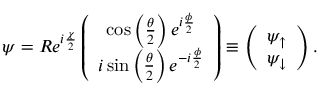
\psi = R e ^ { i \frac { \chi } { 2 } } \left( \begin{array} { c } { \cos \left( \frac { \theta } { 2 } \right) e ^ { i \frac { \phi } { 2 } } } \\ { i \sin \left( \frac { \theta } { 2 } \right) e ^ { - i \frac { \phi } { 2 } } } \end{array} \right) \equiv \left( \begin{array} { c } { \psi _ { \uparrow } } \\ { \psi _ { \downarrow } } \end{array} \right) .